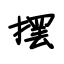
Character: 摆